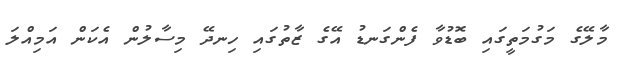
މާލޭގެ މަގުމަތީގައި ބޮޑުވާ ފެންގަނޑު އޭގެ ޒާތުގައި ހިނދޭ މިސާލުން އެކަން އަމިއްލަ